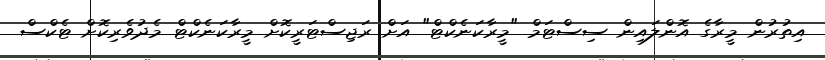
އިތުރުން މީރާގެ އޮންލައިން ސިސްޓަމް "މީރާކަނެކްޓް" އަށް ރަޖިސްޓަރީކޮށް މީރާކަނެކްޓް މެދުވެރިކޮށް ޓެކްސް